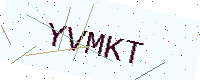
Text: YVMKT